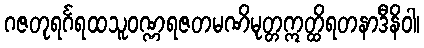
ဂဇတုရင်္ဂရထသူဝဏ္ဏရဇတမဏိမုတ္တဣတ္ထိရတနာဒီနိဝါ၊